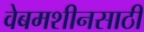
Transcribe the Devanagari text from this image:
वेबमशीनसाठी